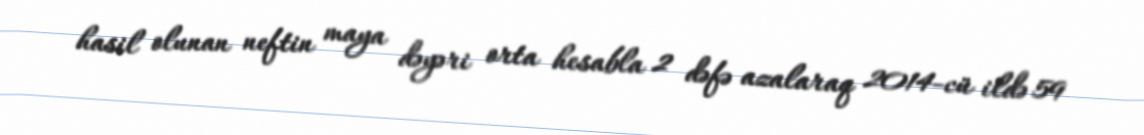
hasil olunan neftin maya dəyəri orta hesabla 2 dəfə azalaraq 2014-cü ildə 59